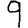
Digit: 9